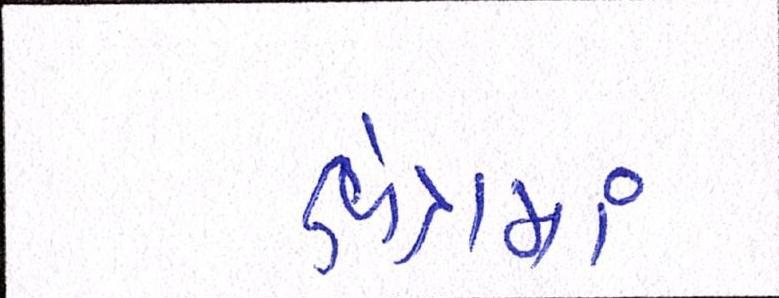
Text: ક્ષેત્રમાં